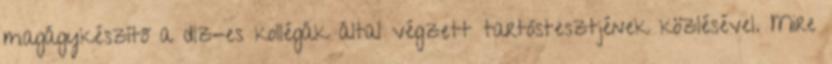
magágykészítő a dlz-es kollégák által végzett tartóstesztjének közlésével. Mire